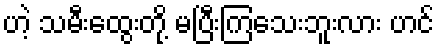
ဟဲ့ သမီးထွေးတို့ မပြီးကြသေးဘူးလား ဟင်